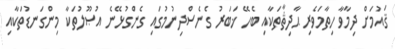
ޤައުމަށް ދިމާވާ ހިތާމަވެރި ޙާދިޘާތަކާއި ބެހޭ ޚަބަރު ގެނެސްދިނުމުގައި ގެންގުޅޭނެ އުޞޫލުތަކާ މިންގަނޑުތަކާއި